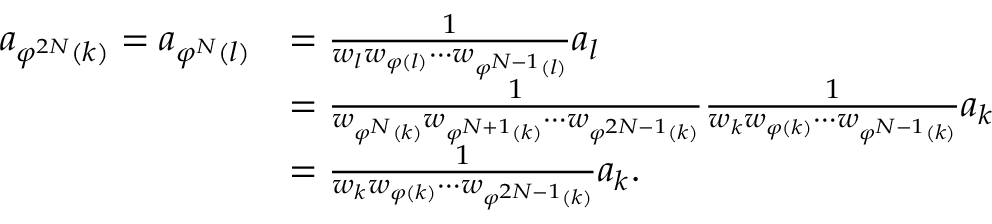
\begin{array} { r l } { a _ { \varphi ^ { 2 N } ( k ) } = a _ { \varphi ^ { N } ( l ) } } & { = \frac { 1 } { w _ { l } w _ { \varphi ( l ) } \cdots w _ { \varphi ^ { N - 1 } ( l ) } } a _ { l } } \\ & { = \frac { 1 } { w _ { \varphi ^ { N } ( k ) } w _ { \varphi ^ { N + 1 } ( k ) } \cdots w _ { \varphi ^ { 2 N - 1 } ( k ) } } \frac { 1 } { w _ { k } w _ { \varphi ( k ) } \cdots w _ { \varphi ^ { N - 1 } ( k ) } } a _ { k } } \\ & { = \frac { 1 } { w _ { k } w _ { \varphi ( k ) } \cdots w _ { \varphi ^ { 2 N - 1 } ( k ) } } a _ { k } . } \end{array}